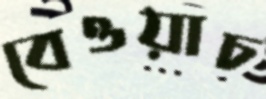
বেওয়াচ